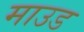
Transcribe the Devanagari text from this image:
माउड